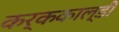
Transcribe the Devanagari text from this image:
कर्ककाल्डी